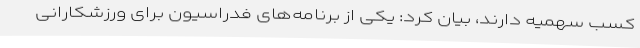
کسب سهمیه دارند، بیان کرد: یکی از برنامه‌های فدراسیون برای ورزشکارانی